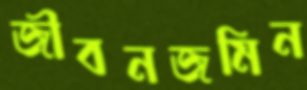
জীবনজমিন